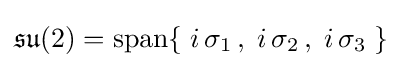
{\mathfrak {su}}(2)=\operatorname {span} \{\;i\,\sigma _{1}\,,\;i\,\sigma _{2}\,,\;i\,\sigma _{3}\;\}